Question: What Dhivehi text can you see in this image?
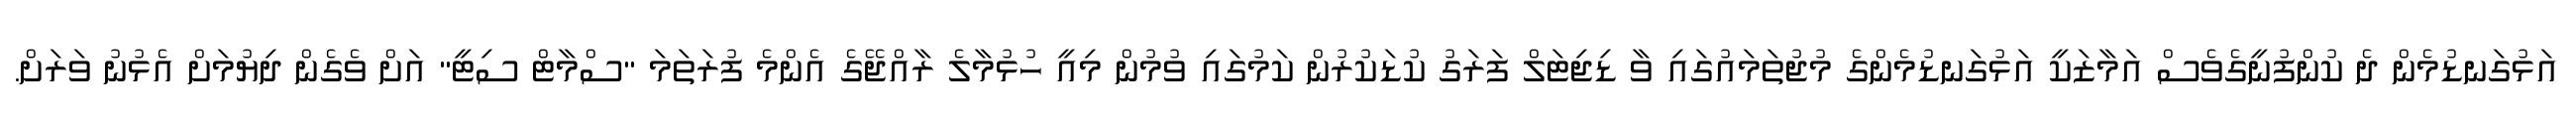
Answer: އަޅުގަނޑުމެން ދެ ކުންފުނީގެވެސް އަމާޒަކީ އަޅުގަނޑުމެންގެ މުޖުތަމައުގައި ވާ ޑިޖިޓަލް ފަރަގު ކުޑަކުރުން ކަމުގައި ވުމުން މިއީ ހުޅުމާލެ ރާއްޖޭގެ އެންމެ ފުރަތަމަ "ސްމާޓް ސިޓީ" އަށް ވެގެން ދިޔުމަށް އެޅުނު ވަރަށް.